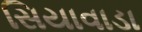
સિયાવાડા